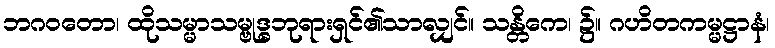
ဘဂဝတော၊ ထိုသမ္မာသမ္ဗုဒ္ဓဘုရားရှင်၏သာလျှင်။ သန္တိကေ၊ ၌။ ဂဟိတကမ္မဋ္ဌာနံ၊